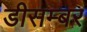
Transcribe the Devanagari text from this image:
डीसम्बर